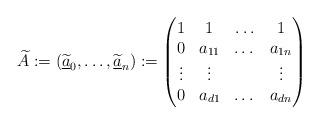
LaTeX: \begin{align*}\widetilde{A} := (\widetilde{\underline{a}}_0, \ldots, \widetilde{\underline{a}}_n) :=\left(\begin{matrix}1 & 1 & \ldots & 1 \\ 0 & a_{11} & \dots & a_{1n} \\ \vdots & \vdots & &\vdots \\ 0 & a_{d1} & \dots &a_{dn}\end{matrix} \right)\end{align*}